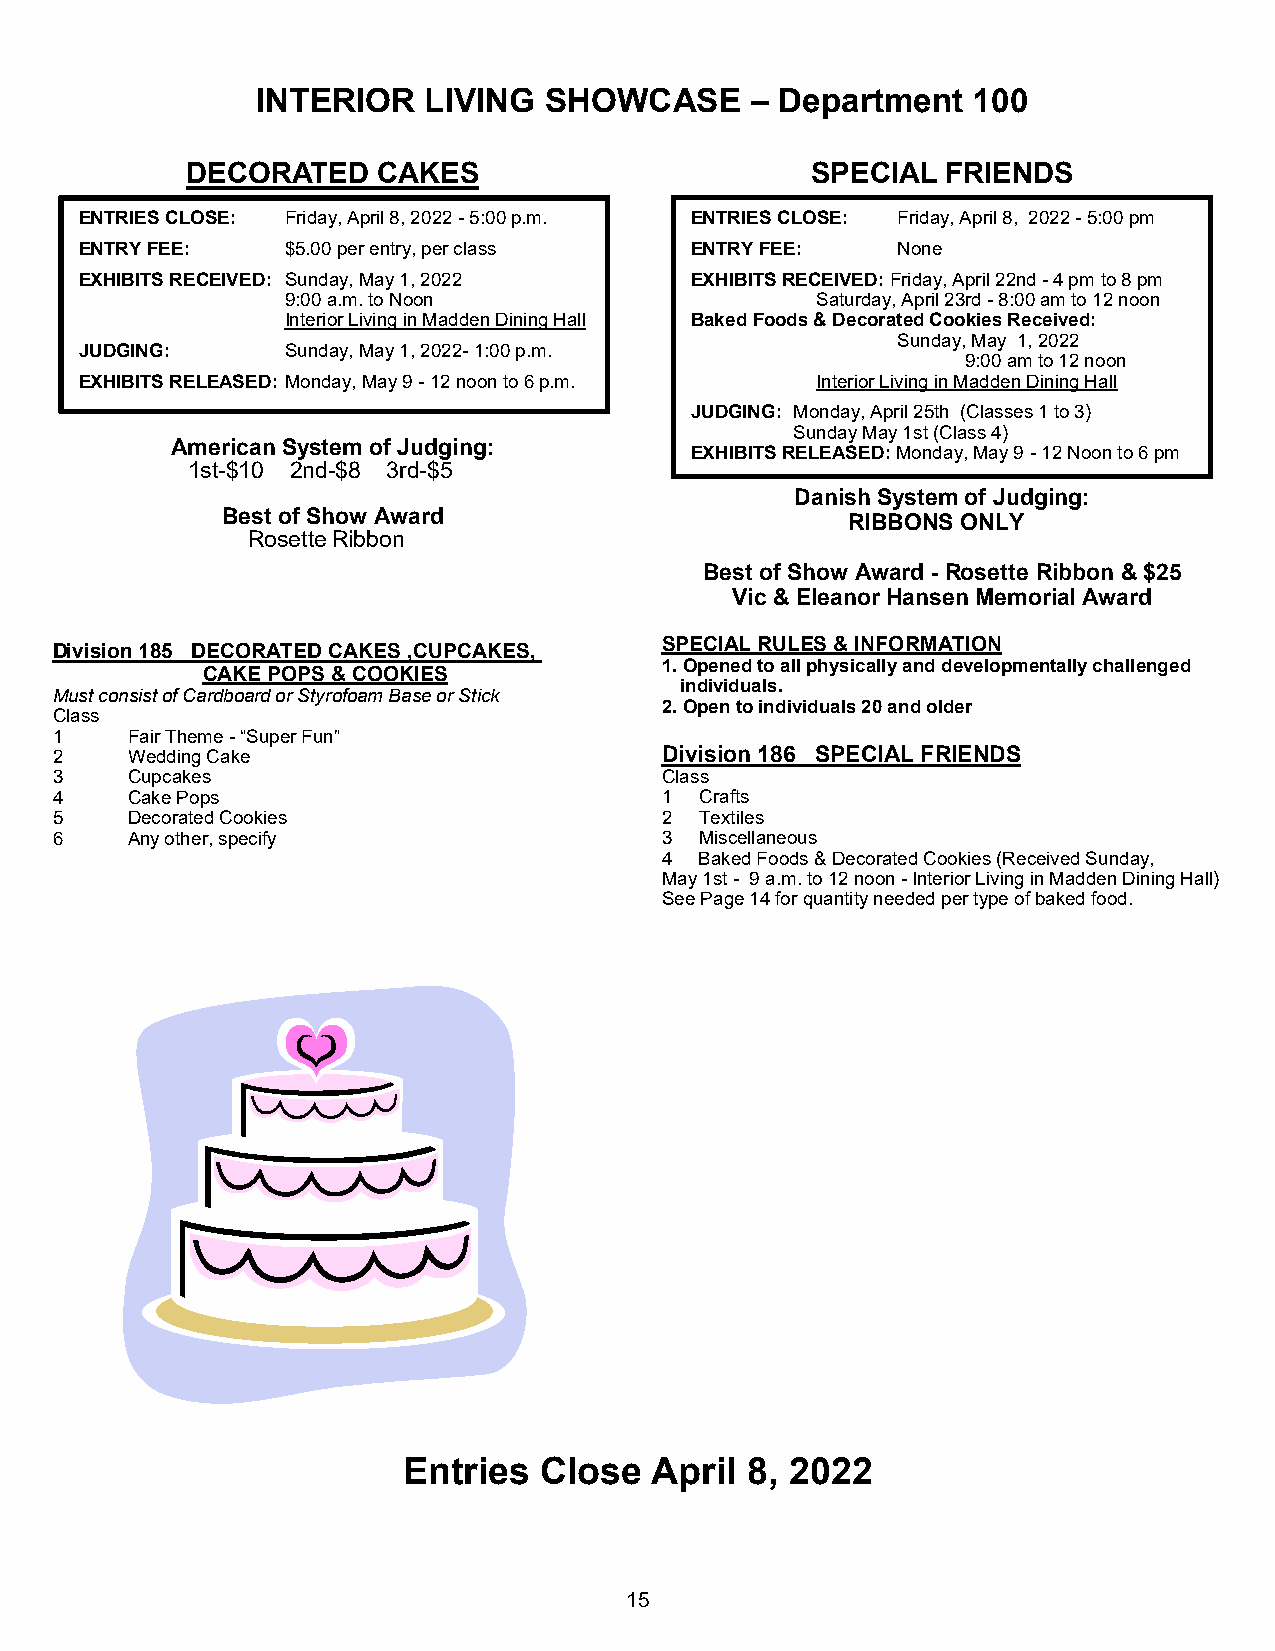
INTERIOR   LIVING  SHOWCASE      – Department  100
 DECORATED    CAKES                        SPECIAL  FRIENDS
 ENTRIES CLOSE: Friday, April 8, 2022 - 5:00 p.m. ENTRIES CLOSE: Friday, April 8, 2022 - 5:00 pm
 ENTRY FEE:    $5.00 per entry, per class ENTRY FEE:   None
 EXHIBITS RECEIVED: Sunday, May 1, 2022   EXHIBITS RECEIVED: Friday, April 22nd - 4 pm to 8 pm
 9:00 a.m. to Noon                  Saturday, April 23rd - 8:00 am to 12 noon
 Interior Living in Madden Dining Hall Baked Foods & Decorated Cookies Received:
 Sunday, May 1, 2022
 JUDGING:      Sunday, May 1, 2022- 1:00 p.m.
 9:00 am to 12 noon
 EXHIBITS RELEASED: Monday, May 9 - 12 noon to 6 p.m. Interior Living in Madden Dining Hall
 JUDGING: Monday, April 25th (Classes 1 to 3)
 Sunday May 1st (Class 4)
 American System of Judging:
 EXHIBITS RELEASED: Monday, May 9 - 12 Noon to 6 pm
 1st-$10 2nd-$8 3rd-$5
 Danish System of Judging:
 Best of Show Award
 RIBBONS ONLY
 Rosette Ribbon
 Best of Show Award - Rosette Ribbon & $25
 Vic & Eleanor Hansen Memorial Award
 SPECIAL RULES & INFORMATION
 Division 185 DECORATED CAKES ,CUPCAKES,
 1. Opened to all physically and developmentally challenged
 CAKE POPS & COOKIES
 individuals.
 Must consist of Cardboard or Styrofoam Base or Stick
 2. Open to individuals 20 and older
 Class
 1    Fair Theme - “Super Fun”
 2    Wedding Cake                        Division 186 SPECIAL FRIENDS
 3    Cupcakes                            Class
 4    Cake Pops                           1 Crafts
 5    Decorated Cookies                   2 Textiles
 6    Any other, specify                  3 Miscellaneous
 4 Baked Foods & Decorated Cookies (Received Sunday,
 May 1st - 9 a.m. to 12 noon - Interior Living in Madden Dining Hall)
 See Page 14 for quantity needed per type of baked food.
 Entries  Close  April 8, 2022
 15